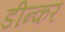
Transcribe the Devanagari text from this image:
डीन्कर